King Institute of Preventive Medicine Bacteriolog. Section reports 1907-08
Year: 1907
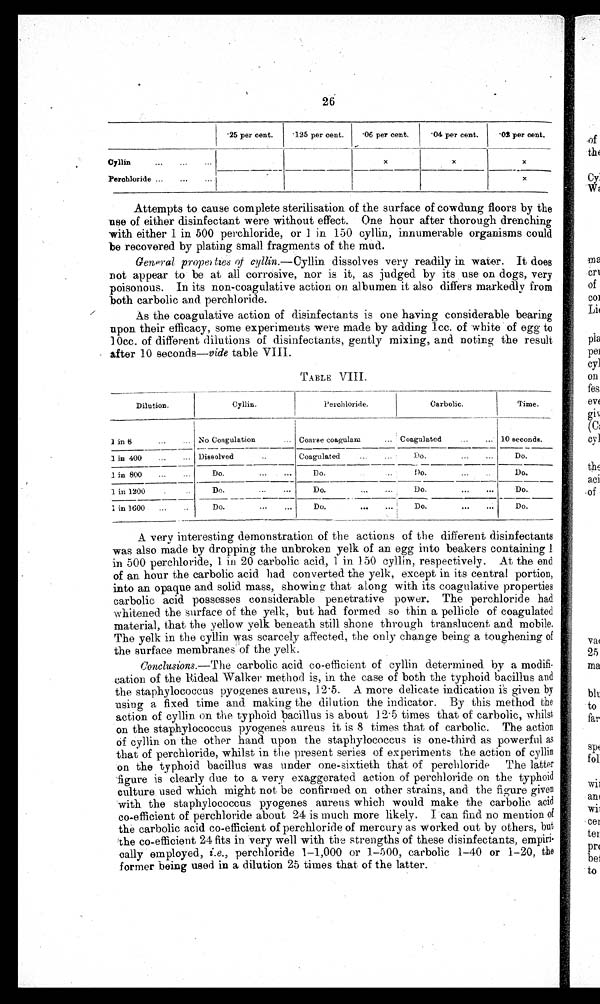
26
.25 per cent.
125 per cent.
.06 per cent.
'04 per cent.
'02 per cent.
Cyllin. . .
Perchloride ...
...
...
x
x
x
-
x
Attempts to cause complete sterilisation of the surface of cowdung floors by the
use of either disinfectant were without effect. One hour after thorough drenching
with either 1 in 500 perchloride, or 1 in 150 cyllin, innumerable organisms could
be recovered by plating small fragments of the mud.
General properties of cyllin.—Cyllin dissolves very readily in water. It does
not appear to be at all corrosive, nor is it, as judged by its use on dogs, very
poisonous. In its non-coagulative action on albumen it, also differs markedly from
both carbolic and perchloride.
As the coagulative action of disinfectants is one having considerable bearing
upon their efficacy, some experiments were made by adding lcc. of white of egg to
10cc. of different dilutions of disinfectants, gently mixing, and noting the result
after 10 seconds—vide table VIII.
V I I I
.
Dilution.
Cyllin.
Perchloride.
Carbolic.
Time.
1 in 8
...
... No Coagulation
. . . Coarse coagulam
Coagulated
...
... 10 seconds.
1 in 400
...
... Dissolved
Coagulated
...
D o .
Do.
1 in 800
...
Do.
...
...
D o .
Do.
Do.
1 in 1200
Do.
...
...
_
Do.
...
Do.
...
...
Do.
1 in 1600
...
Do.
...
...
Do.
Do.
Do.
A very interesting demonstration of the actions of the different disinfectants
was also made by dropping the unbroken yelk of an egg into beakers containing I
in 500 perchloride, 1 in 20 carbolic acid, 1 in 150 cyllin, respectively. At the end
of an hour the carbolic acid had converted the yelk, except in its central portion,
into an opaque and solid mass, showing that along with its coagulative properties
carbolic acid possesses considerable penetrative power. The perchloride had
whitened the surface of the yelk, but had formed so thin a pellicle of coagulated
material, that the yellow yolk beneath still shone through translucent and mobile.
The yolk in the cyllin was scarcely affected, the only change being a toughening of
the surface membranes - of the yelk.
Conclusions.—The carbolic acid co-efficient of cyllin determined by a
m o d i f i - c a t i o n o f t h e R i d e a l W a l k e r m e t h o d i s , i n t h e c a s e o f b o t h t h e t y p h o i d b a c i l l u s a n d
the staphylococcus pyogenes aureus, 12 . 5. A more delicate indication is given by
using a fixed time and making the dilution the indicator. By this method the
action of cyllin on the typhoid bacillus is about 12 . 5 times that of carbolic, whilst
on the staphylococcus pyogenes aureus it is 8 times that of carbolic. The action
o f
c y l l i n o n t h e o t h e r h a n d . u p o n t h e s t a p h y l o c o c c u s i s o n e - t h i r d a s p o w e r f u l a s
that of perchloride, whilst in the present series of experiments the action of cyllin
on the typhoid bacillus was under one-sixtieth that of perchloride The latter
figure is clearly due to a very exaggerated action of perchloride on the typhoid
culture used which might not be confirmed on other strains, and the figure given
with the staphylococcus pyogenes aureus which would make the carbolic acid
co-efficient of perchloride about 24 is much more likely. I can find no mention of
the carbolic acid co-efficient of perchloride of mercury as worked out by others, but
the co-efficient 24 fits in very well with the strengths of these disinfectants, empiri-
c a l l y e m p l o y e d ,
i . e .
, p e r c h l o r i d e 1 - 1 , 0 0 0 o r 1 - 5 0 0 , c a r b o l i c 1 - 4 0 o r 1 - 2 0 ,t
h e
former being used in a dilution 25 times that of the latter.